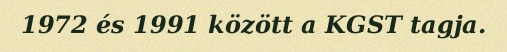
1972 és 1991 között a KGST tagja.